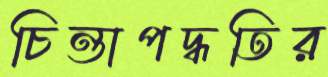
চিন্তাপদ্ধতির